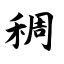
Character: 稠